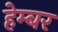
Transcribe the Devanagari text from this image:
हेम्बर